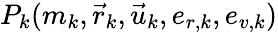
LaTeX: P_{k}(m_{k},{\vec{r}}_{k},{\vec{u}}_{k},e_{r,k},e_{v,k})